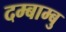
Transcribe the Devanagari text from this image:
दम्बाम्बु